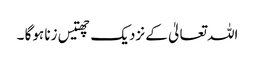
اللہ تعالیٰ کے نزدیک چھتیس زنا ہوگا ۔